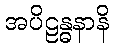
အပိဠန္ဓနာနိ